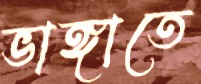
ভাঙ্গাতে